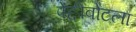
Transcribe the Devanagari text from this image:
पेद्दीबोटला